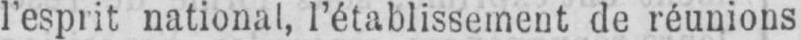
l’esprit national, l’établissement de réunions